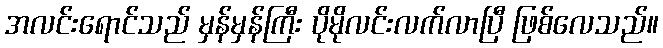
အလင်းရောင်သည် မှန်မှန်ကြီး ပိုမိုလင်းလက်လာပြီ ဖြစ်လေသည်။